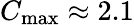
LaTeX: C_{\mathrm{max}}\approx 2.1